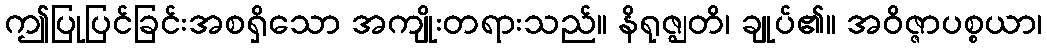
ဤပြုပြင်ခြင်းအစရှိသော အကျိုးတရားသည်။ နိရုဇ္ဈတိ၊ ချုပ်၏။ အဝိဇ္ဇာပစ္စယာ၊